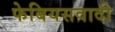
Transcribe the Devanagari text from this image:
फेबियसवादी